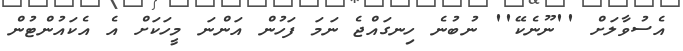
އެސުވާލަށް ''ނޫނެކޭ'' ނުބުނެ ހިނގައްޖެ ނަމަ ފަހުން އަންނަ މީހަކަށް އެ އެކައުންޓުން